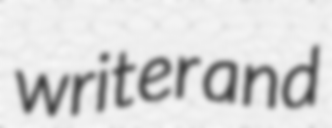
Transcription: writer and